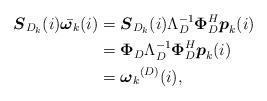
LaTeX: \begin{align*}{\boldsymbol S}_{D_k}(i)\bar{\boldsymbol \omega_k}(i)& ={\boldsymbol S}_{D_k}(i) \Lambda_D^{-1} {\boldsymbol \Phi}_D^H {\boldsymbol p}_k(i)\\& = {\boldsymbol \Phi}_D \Lambda_D^{-1} {\boldsymbol \Phi}_D^H {\boldsymbol p}_k(i)\\& ={\boldsymbol \omega_k}^{(D)}(i),\end{align*}